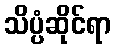
သိပ္ပံဆိုင်ရာ